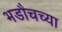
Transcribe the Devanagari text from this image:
भडौचच्या